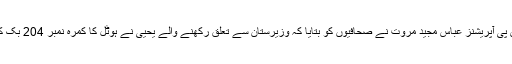
ایس ایس پی آپریشنز عباس مجید مروت نے صحافیوں کو بتایا کہ وزیرستان سے تعلق رکھنے والے یحییٰ نے ہوٹل کا کمرہ نمبر 204 بک کرایا تھا۔